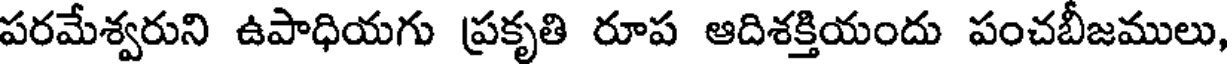
పరమేశ్వరుని ఉపాధియగు ప్రకృతి రూప ఆదిశక్తియందు పంచబీజములు,